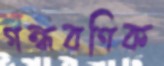
গন্ধবণিক